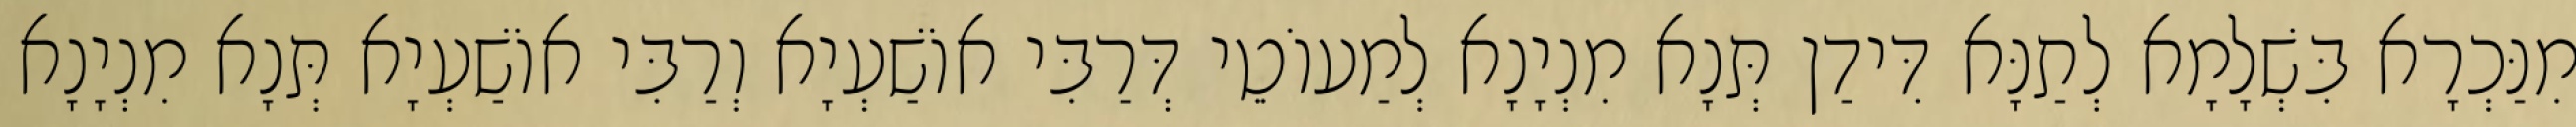
מִנַּכְרָא בִּשְׁלָמָא לְתַנָּא דִּידַן תְּנָא מִנְיָנָא לְמַעוֹטֵי דְּרַבִּי אוֹשַׁעְיָא וְרַבִּי אוֹשַׁעְיָא תְּנָא מִנְיָנָא